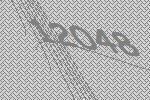
12048